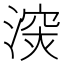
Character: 㴱